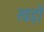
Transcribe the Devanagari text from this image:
खड़ों